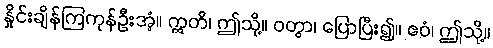
နှိုင်းချိန်ကြကုန်ဦးအံ့။ ဣတိ၊ ဤသို့။ ဝတွာ၊ ပြောပြီး၍။ ဧဝံ၊ ဤသို့။